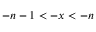
- n - 1 < - x < - n